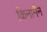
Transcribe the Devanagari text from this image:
किनामैन